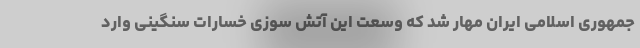
جمهوری اسلامی ایران مهار شد که وسعت این آتش سوزی خسارات سنگینی وارد